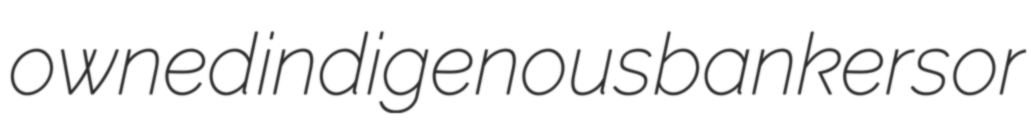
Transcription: owned indigenous bankers or